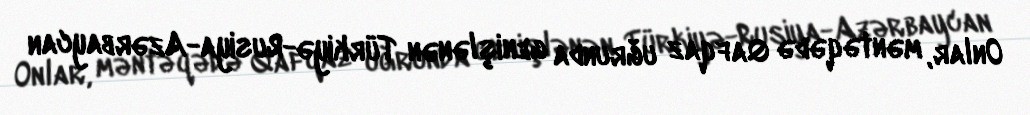
Onlar, məntəqədə Qafqaz uğrunda genişlənən Türkiyə-Rusiya-Azərbaycan